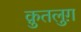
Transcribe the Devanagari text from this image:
क़ुतलुग़